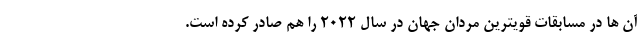
آن ها در مسابقات قویترین مردان جهان در سال 2022 را هم صادر کرده است.